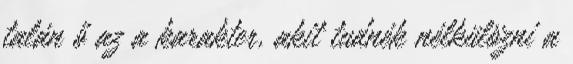
talán ő az a karakter, akit tudnék nélkülözni a